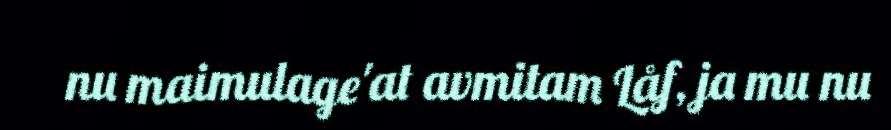
nu maimulage'at avmitam Låf, ja mu nu